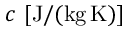
c \ [ \mathrm { J / ( k g \, K ) } ]